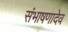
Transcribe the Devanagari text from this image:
संभाषणादेव